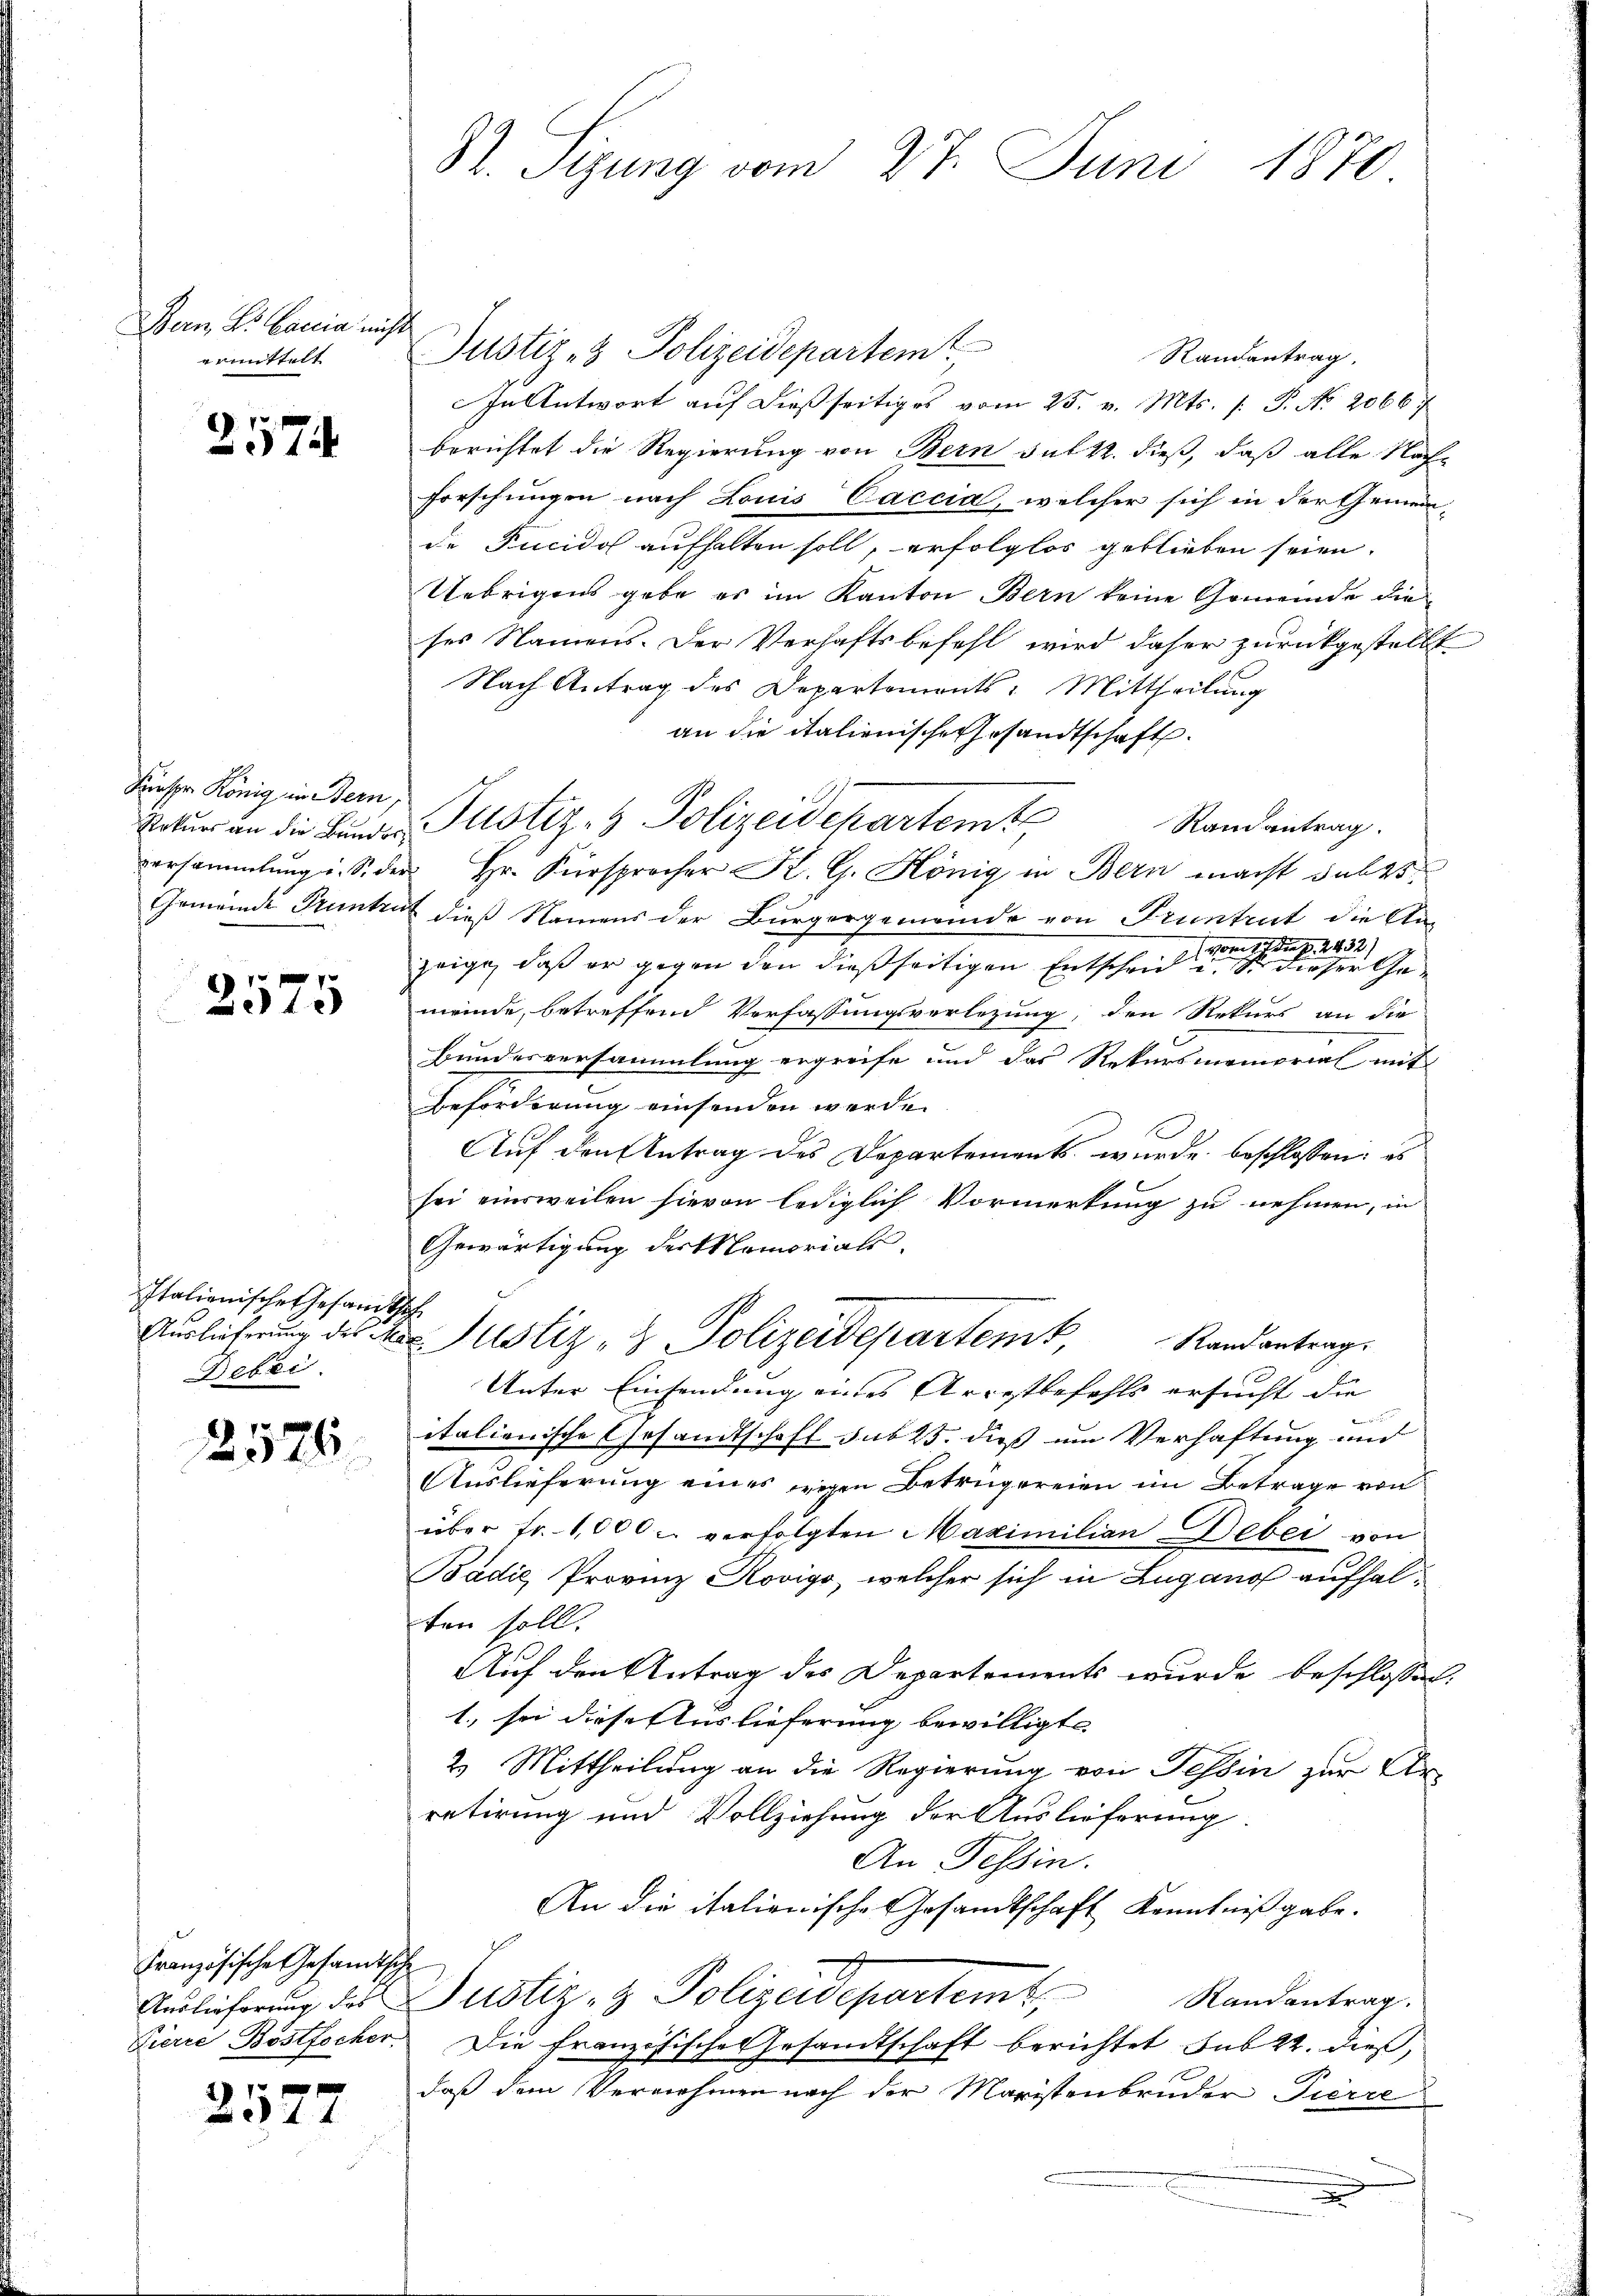
Bern, V. Caccia nicht
ermittelt

257

Fiesser König in Bern,

2575

Italienische Gesandtsch
Bebei

2575

Justiz- & Polizeidepartemt
Randantrag.
In Antwort auf dießseitiges vom 25. v. Mts. s. P. No. 2066
berichtet die Regierung von Bern sub 22. dieß, daß alle Nachforschungen nach Louis Caccia, welcher sich in der Gemein
de Fucidos aufhalten soll, erfolglos geblieben seien.
Uebrigens gebe es im Kanton Bern keine Gemeinde die
ses Namens. Der Verhaftsbefehl wird daher zurückgestellt
Nach Antrag des Departements-Mittheilung
an die italienische Gesandtschaft.
Randantrag.
versammlung u. S. der Hr. Fürsprocher K. G. König in Bern macht dabe
Gemeinde Trunket dieß Namens der Bürgergemeinde von Pruntrut die An-
(vom 17. d. d. 2432)
zeige, daß er gegen den dießseitigen Entscheid u. So dieser Gemeinde, betreffend Verfassungsverlegung, den Rekurs an die
Bundesversammlung ergreife und das Rekursmemorial mit
Beförderung einsenden worden
Auf den Antrag des Departement wurde beschlossen: es
sei einsweilen hievon lediglich Vormerkung zu nehmen, in
Gewärtigung der themorials.
Auslieferung des der Justiz- & Polizeidepartem Randantrag.
Unter Einsendung eines Arrestbefehls ersucht die
italienische Gesandtschaft sub 25. dieß um Verhaftung und
Auslieferung eines wegen Betrugereien im Betrage von
über fr. 1000 verfolgten Maximilian Debei von
Badić Provinz Rovigo, welcher sich in Luganof aufhalten soll.
Auf den Antrag des Departements wurde beschlossen,
1., sei diese Auslieferung bewilligt. |
2. Mittheilung an die Regierung von Tessin zur Ur-
retirung und Vollziehung der Auslieferung.
An Tessin.
An die italionische Gesandtschaft Kenntnißgabe.
Auslieferung des Justiz- & Polizeidepartem Randantrag.
Pierre Bostocher. Die französische Gesandtschaft berichtet sub 22. dieß,
daß dem Vernehmen nach der Maristenbruder Pierre

Französische Gesandtsche

2577

St. Sizung vom 27. Juni 1870

Natur in die Bunde Justiz- & Polizeidepartemt